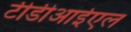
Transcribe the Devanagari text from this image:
टीडीआईएल